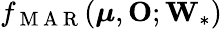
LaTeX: f_{\mathrm{~M~A~R~}}(\boldsymbol\mu,\mathbf O;{\mathbf W}_{*})